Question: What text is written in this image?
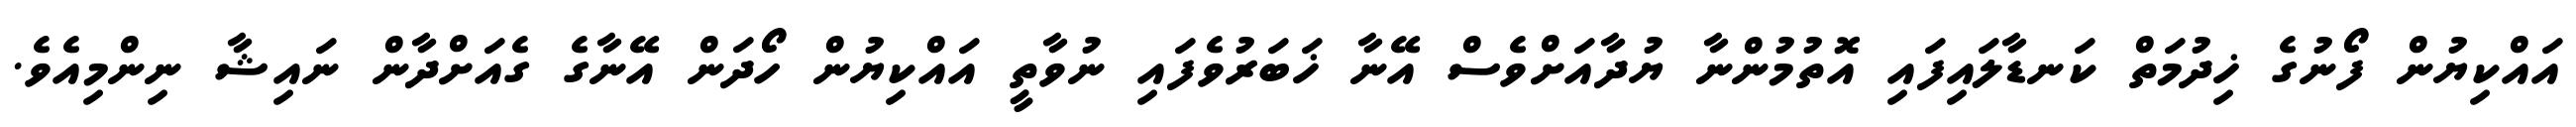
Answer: އައްކިޔުން ފޯނުގެ ޚިދުމަތް ކަނޑާލައިފައި އޮތުމުންނާ ޔުދާއަށްވެސް އޭނާ ޚަބަރުވެފައި ނުވާތީ އައްކިޔުން ހޯދަން އޭނާގެ ގެއަށްދާން ނައިޝާ ނިންމިއެވެ.